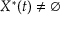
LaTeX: X ^ { \ast } ( t ) \neq \varnothing